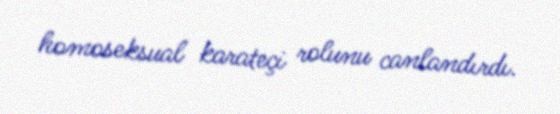
homoseksual karateçi rolunu canlandırdı.